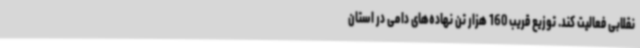
نقلابی فعالیت کند. توزیع قریب 160 هزار تن نهاده‌های دامی در استان